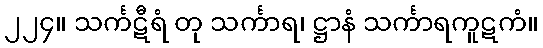
၂၂၄။ သင်္ကဋီရံ တု သင်္ကာရ၊ ဋ္ဌာနံ သင်္ကာရကူဋကံ။